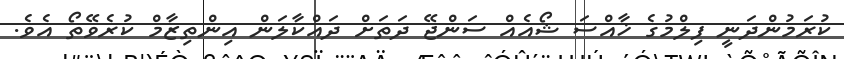
ކުރަމުންދަނީ ފިލްމުގެ ޚާއްސަ ޝޯއެއް ސަންޖޭ ދަތަށް ދައްކާލަން އިންތިޒާމް ކުރެވޭތޯ އެވެ.